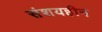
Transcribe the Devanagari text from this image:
संशयहीन